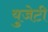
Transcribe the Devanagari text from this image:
युजेटी